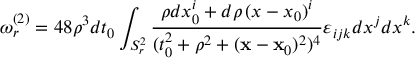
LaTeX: \omega _ { r } ^ { ( 2 ) } = 4 8 \rho ^ { 3 } d t _ { 0 } \int _ { S _ { r } ^ { 2 } } { \frac { \rho d x _ { 0 } ^ { i } + d \rho \, ( x - x _ { 0 } ) ^ { i } } { ( t _ { 0 } ^ { 2 } + \rho ^ { 2 } + ( { \bf x } - { \bf x } _ { 0 } ) ^ { 2 } ) ^ { 4 } } } \varepsilon _ { i j k } d x ^ { j } d x ^ { k } .